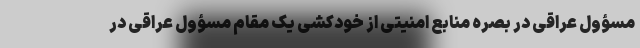
مسؤول عراقی در بصره منابع امنیتی از خودکشی یک مقام مسؤول عراقی در